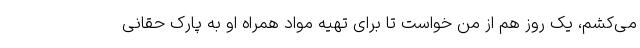
می‌کشم، یک روز هم از من خواست تا برای تهیه مواد همراه او به پارک حقانی